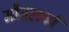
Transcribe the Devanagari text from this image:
मौसलपर्व